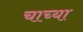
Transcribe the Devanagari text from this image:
चाच्या